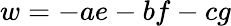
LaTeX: w=-ae-bf-cg